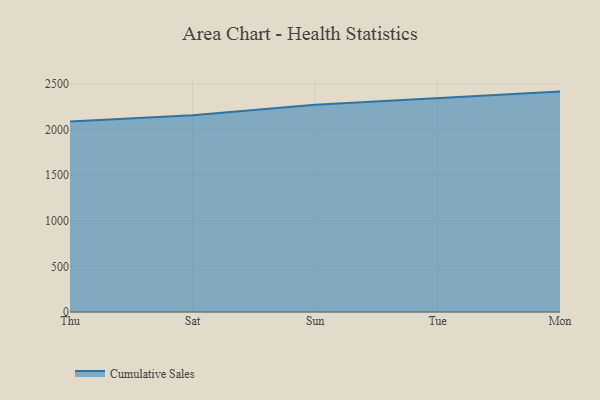
{"axis": {"x": "Day", "y": "Production Output"}, "legend": ["Cumulative Sales"], "data": [{"x": "Thu", "y": 2090.1, "type": "Cumulative Sales"}, {"x": "Sat", "y": 2159.4, "type": "Cumulative Sales"}, {"x": "Sun", "y": 2272.9, "type": "Cumulative Sales"}, {"x": "Tue", "y": 2347.0, "type": "Cumulative Sales"}, {"x": "Mon", "y": 2417.6, "type": "Cumulative Sales"}]}